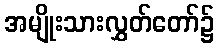
အမျိုးသားလွှတ်တော်၌